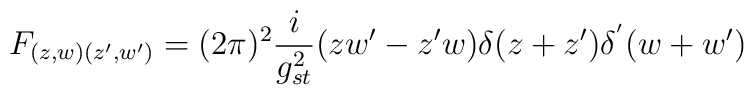
F_{(z,w)(z',w')}=(2\pi)^{2}\frac{i}{g_{st}^{2}}(zw'-z'w) \delta (z+z') \delta^{'} (w+w')